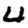
Digit: 4